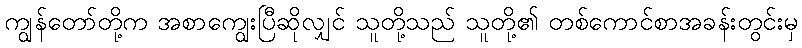
ကျွန်တော်တို့က အစာကျွေးပြီဆိုလျှင် သူတို့သည် သူတို့၏ တစ်ကောင်စာအခန်းတွင်းမှ